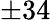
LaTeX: \pm 34